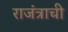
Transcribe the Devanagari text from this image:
राजंत्राची